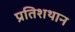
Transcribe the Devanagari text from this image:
प्रतिशथान